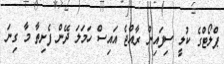
ޕްލޯޓްގެ ކުލީ ސިފައިން ރާއްޖެ އައިސް ހަމަލަ ދޭން ފެށިތާ މާ ގިނަ